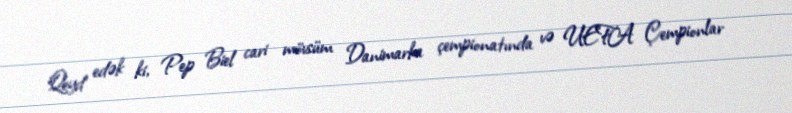
Qeyd edək ki, Pep Biel cari mövsüm Danimarka çempionatında və UEFA Çempionlar